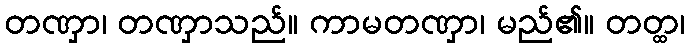
တဏှာ၊ တဏှာသည်။ ကာမတဏှာ၊ မည်၏။ တတ္ထ၊